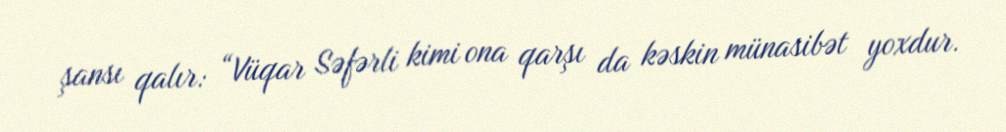
şansı qalır: “Vüqar Səfərli kimi ona qarşı da kəskin münasibət yoxdur.